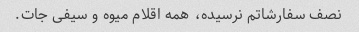
نصف سفارشاتم نرسیده، همه اقلام میوه و سیفی جات.